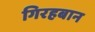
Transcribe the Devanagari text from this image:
गिरहबान